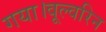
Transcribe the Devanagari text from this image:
गया।वूल्वरिन